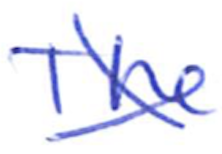
Text: The
Cross-out: mix
Writing tool: ballpoint